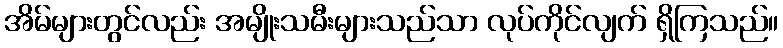
အိမ်များတွင်လည်း အမျိုးသမီးများသည်သာ လုပ်ကိုင်လျက် ရှိကြသည်။